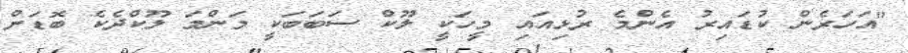
"އަހަރެން ކުޑައިރު އެންމެ ރުޅިއައި މީހަކީ ލޫކް ސަބަބަކީ މަންމަ ލޫކްދެކެ ބޮޑަށް